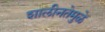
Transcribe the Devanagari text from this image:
शालीनतेमुळे